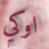
اوكي